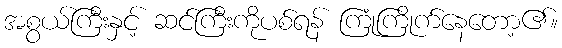
အစွယ်ကြီးနှင့် ဆင်ကြီးကိုပစ်ရန် ကြုံကြိုက်နေတော့၏။